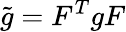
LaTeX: {\tilde{g}}=F^{T}gF